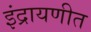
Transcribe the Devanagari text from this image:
इंद्रायणीत